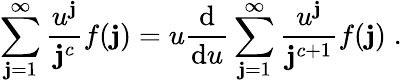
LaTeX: \sum_{\mathbf{j}=1}^{\infty}\frac{{u^{\mathbf{j}}}}{{\mathbf{j}^{c}}}f(\mathbf{j})=u\frac{{\mathrm{{d}}}}{{\mathrm{{d}}u}}\sum_{\mathbf{j}=1}^{\infty}\frac{{u^{\mathbf{j}}}}{{\mathbf{j}^{c+1}}}f(\mathbf{j})\; .